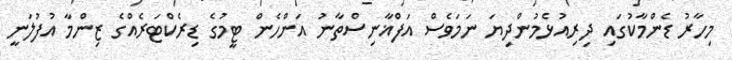
މިހާރު ޑެންމާކުގައި ދިރިއުޅެމުންދިޔަ ނަމަވެސް އަފްޣާނިސްތާނު އަންހެން ޓީމުގެ ޑިރެކްޓަރެއްގެ ޒިންމާ އުފުލަނީ